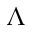
\boldsymbol { \Lambda }